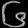
Digit: ၆